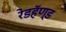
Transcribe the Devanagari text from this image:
रेडहॅण्ड